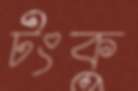
টংকু